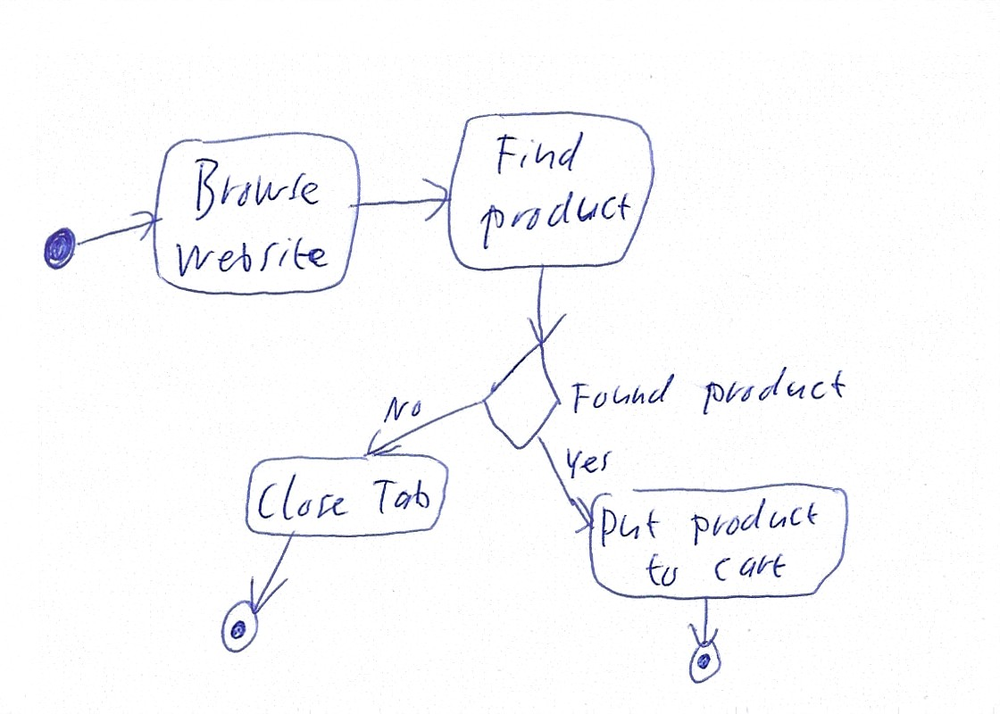
Diagram type: activity_diagram
```plantuml
@startuml

start

:Browse website;
:Find product;

if (Found product) then (Yes)
  :Put product to cart;
  stop
else (No)
  :Close Tab;
  stop
endif

@enduml
```